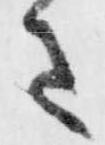
さ